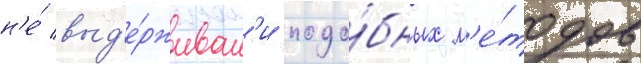
н'е́ выд'е́рживал'и подо́бных м'е́тодов